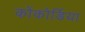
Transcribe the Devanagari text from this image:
कोंकोर्डिया